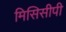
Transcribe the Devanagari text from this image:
मिसिसीपी